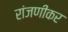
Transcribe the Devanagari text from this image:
रांजणीकर